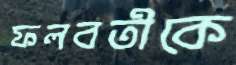
ফলবতীকে